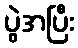
ပွဲအပြီး